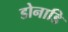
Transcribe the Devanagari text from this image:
डोनाडि